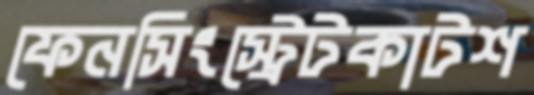
ফেনসিংস্ট্রেটকাটশ